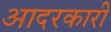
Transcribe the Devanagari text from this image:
आदरकारी